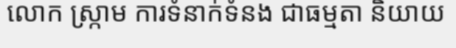
លោក ស្ក្រាម ការទំនាក់ទំនង ជាធម្មតា និយាយ